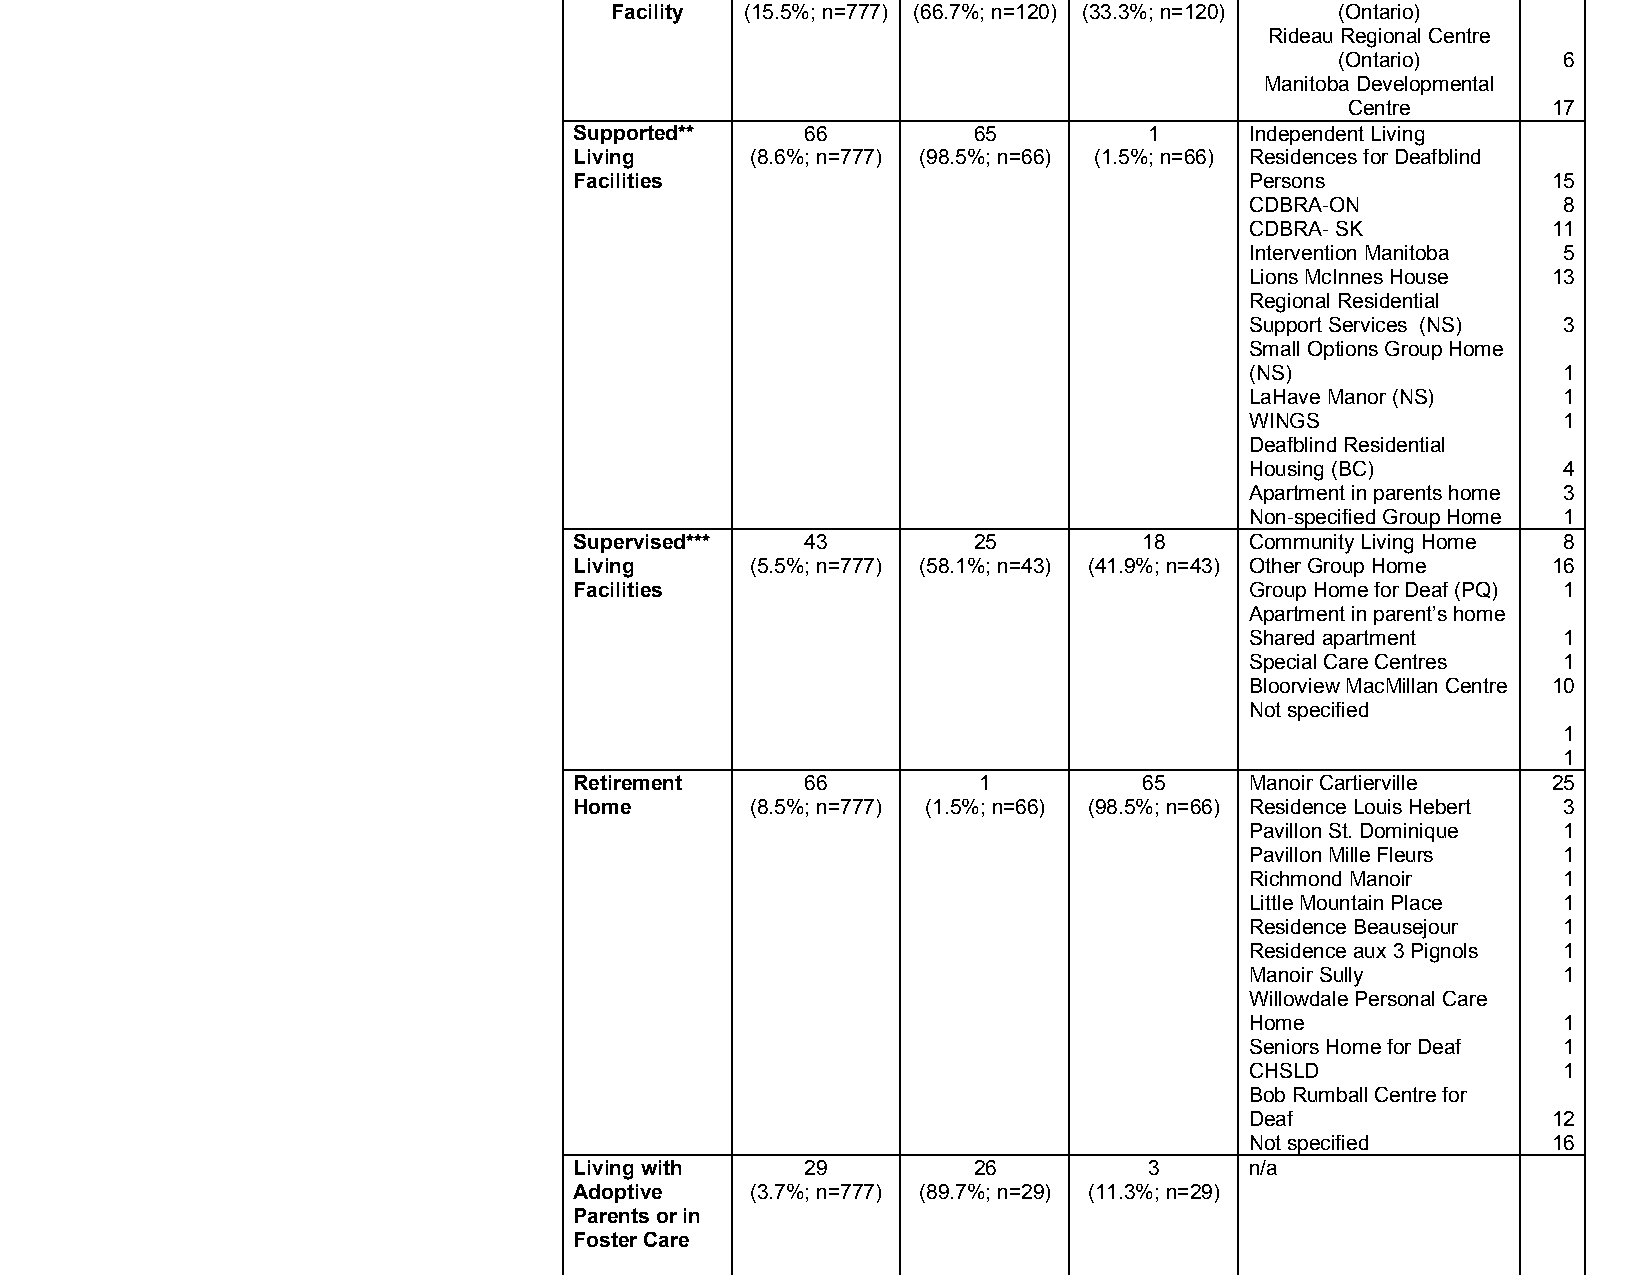
Facility (15.5%; n=777) (66.7%; n=120) (33.3%; n=120) (Ontario)
 Rideau Regional Centre
 (Ontario)     6
 Manitoba Developmental
 Centre        17
 Supported**    66         65          1      Independent Living
 Living      (8.6%; n=777) (98.5%; n=66) (1.5%; n=66) Residences for Deafblind
 Facilities                                   Persons             15
 CDBRA­ON            8
 CDBRA­ SK           11
 Intervention Manitoba 5
 Lions McInnes House 13
 Regional Residential
 Support Services (NS) 3
 Small Options Group Home
 (NS)                1
 LaHave Manor (NS)   1
 WINGS               1
 Deafblind Residential
 Housing (BC)        4
 Apartment in parents home 3
 Non­specified Group Home 1
 Supervised***  43         25          18     Community Living Home 8
 Living      (5.5%; n=777) (58.1%; n=43) (41.9%; n=43) Other Group Home 16
 Facilities                                   Group Home for Deaf (PQ) 1
 Apartment in parent’s home
 Shared apartment    1
 Special Care Centres 1
 Bloorview MacMillan Centre 10
 Not specified
 1
 1
 Retirement     66          1          65     Manoir Cartierville 25
 Home        (8.5%; n=777) (1.5%; n=66) (98.5%; n=66) Residence Louis Hebert 3
 Pavillon St. Dominique 1
 Pavillon Mille Fleurs 1
 Richmond Manoir     1
 Little Mountain Place 1
 Residence Beausejour 1
 Residence aux 3 Pignols 1
 Manoir Sully        1
 Willowdale Personal Care
 Home                1
 Seniors Home for Deaf 1
 CHSLD               1
 Bob Rumball Centre for
 Deaf                12
 Not specified       16
 Living with    29         26          3      n/a
 Adoptive    (3.7%; n=777) (89.7%; n=29) (11.3%; n=29)
 Parents or in
 Foster Care